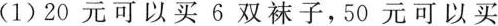
(1)20元可以买6双袜子，50元可以买